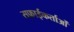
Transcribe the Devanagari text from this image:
सफ़ाईकर्ताओं